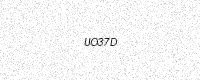
Text: UO37D